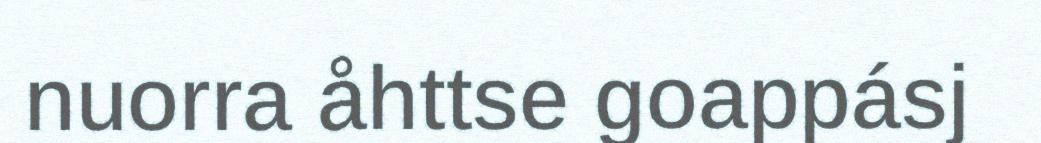
nuorra åhttse goappásj